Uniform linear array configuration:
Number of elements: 12
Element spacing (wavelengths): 0.75
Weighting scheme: hamming
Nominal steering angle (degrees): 30
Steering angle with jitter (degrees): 29.889
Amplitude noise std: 0.05
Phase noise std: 0.05

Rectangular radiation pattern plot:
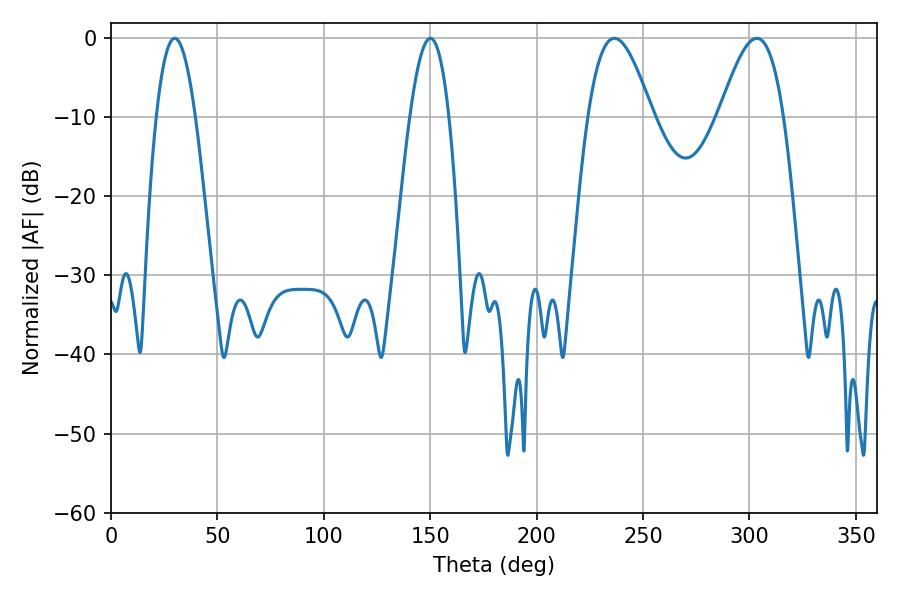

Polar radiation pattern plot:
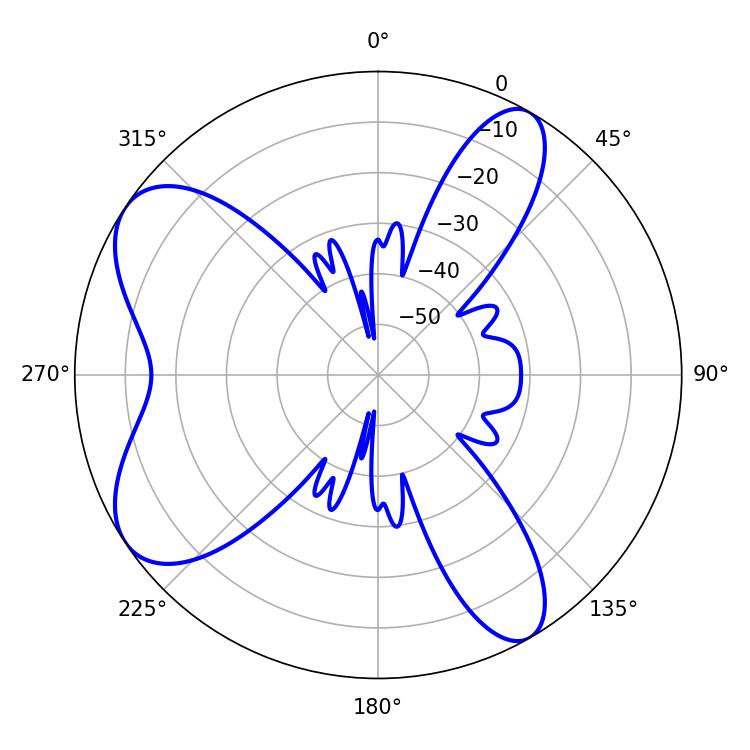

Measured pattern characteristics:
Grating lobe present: TRUE
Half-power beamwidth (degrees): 16.2
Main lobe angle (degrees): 236.52